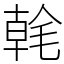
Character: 㲦